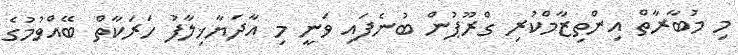
މި މުބާރާތް އިންތިޒާމްކުރި ގްރޫޕުން ބުނެފައި ވަނީ މި އާދަޔާޚިލާފު ހަރަކާތް ބޭއްވުމުގެ